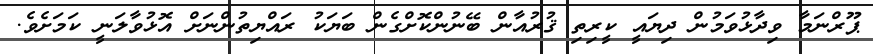
ޕޫރްނަމާ ވިދާޅުވަމުން ދިޔައީ ކީރިތި ޤުރުއާން ބޭނުންކޮށްގެން ބަޔަކު ރައްޔިތުންނަށް އޮޅުވާލަނީ ކަމަށެވެ.